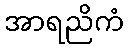
အာရညိကံ